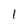
Character: 1